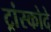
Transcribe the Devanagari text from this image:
ट्रांस्कोदे